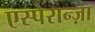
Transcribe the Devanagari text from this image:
एस्पेरान्ज़ा